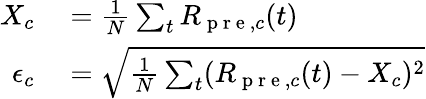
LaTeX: \begin{array}{rl}{X_{c}}&{{}=\frac{1}{N}\sum_{t}R_{\mathrm{~p~r~e~},c}(t)}\\ {\epsilon_{c}}&{{}=\sqrt{\frac{1}{N}\sum_{t}(R_{\mathrm{~p~r~e~},c}(t)-X_{c})^{2}}}\end{array}